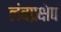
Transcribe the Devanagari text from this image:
लंबप्रक्षेप